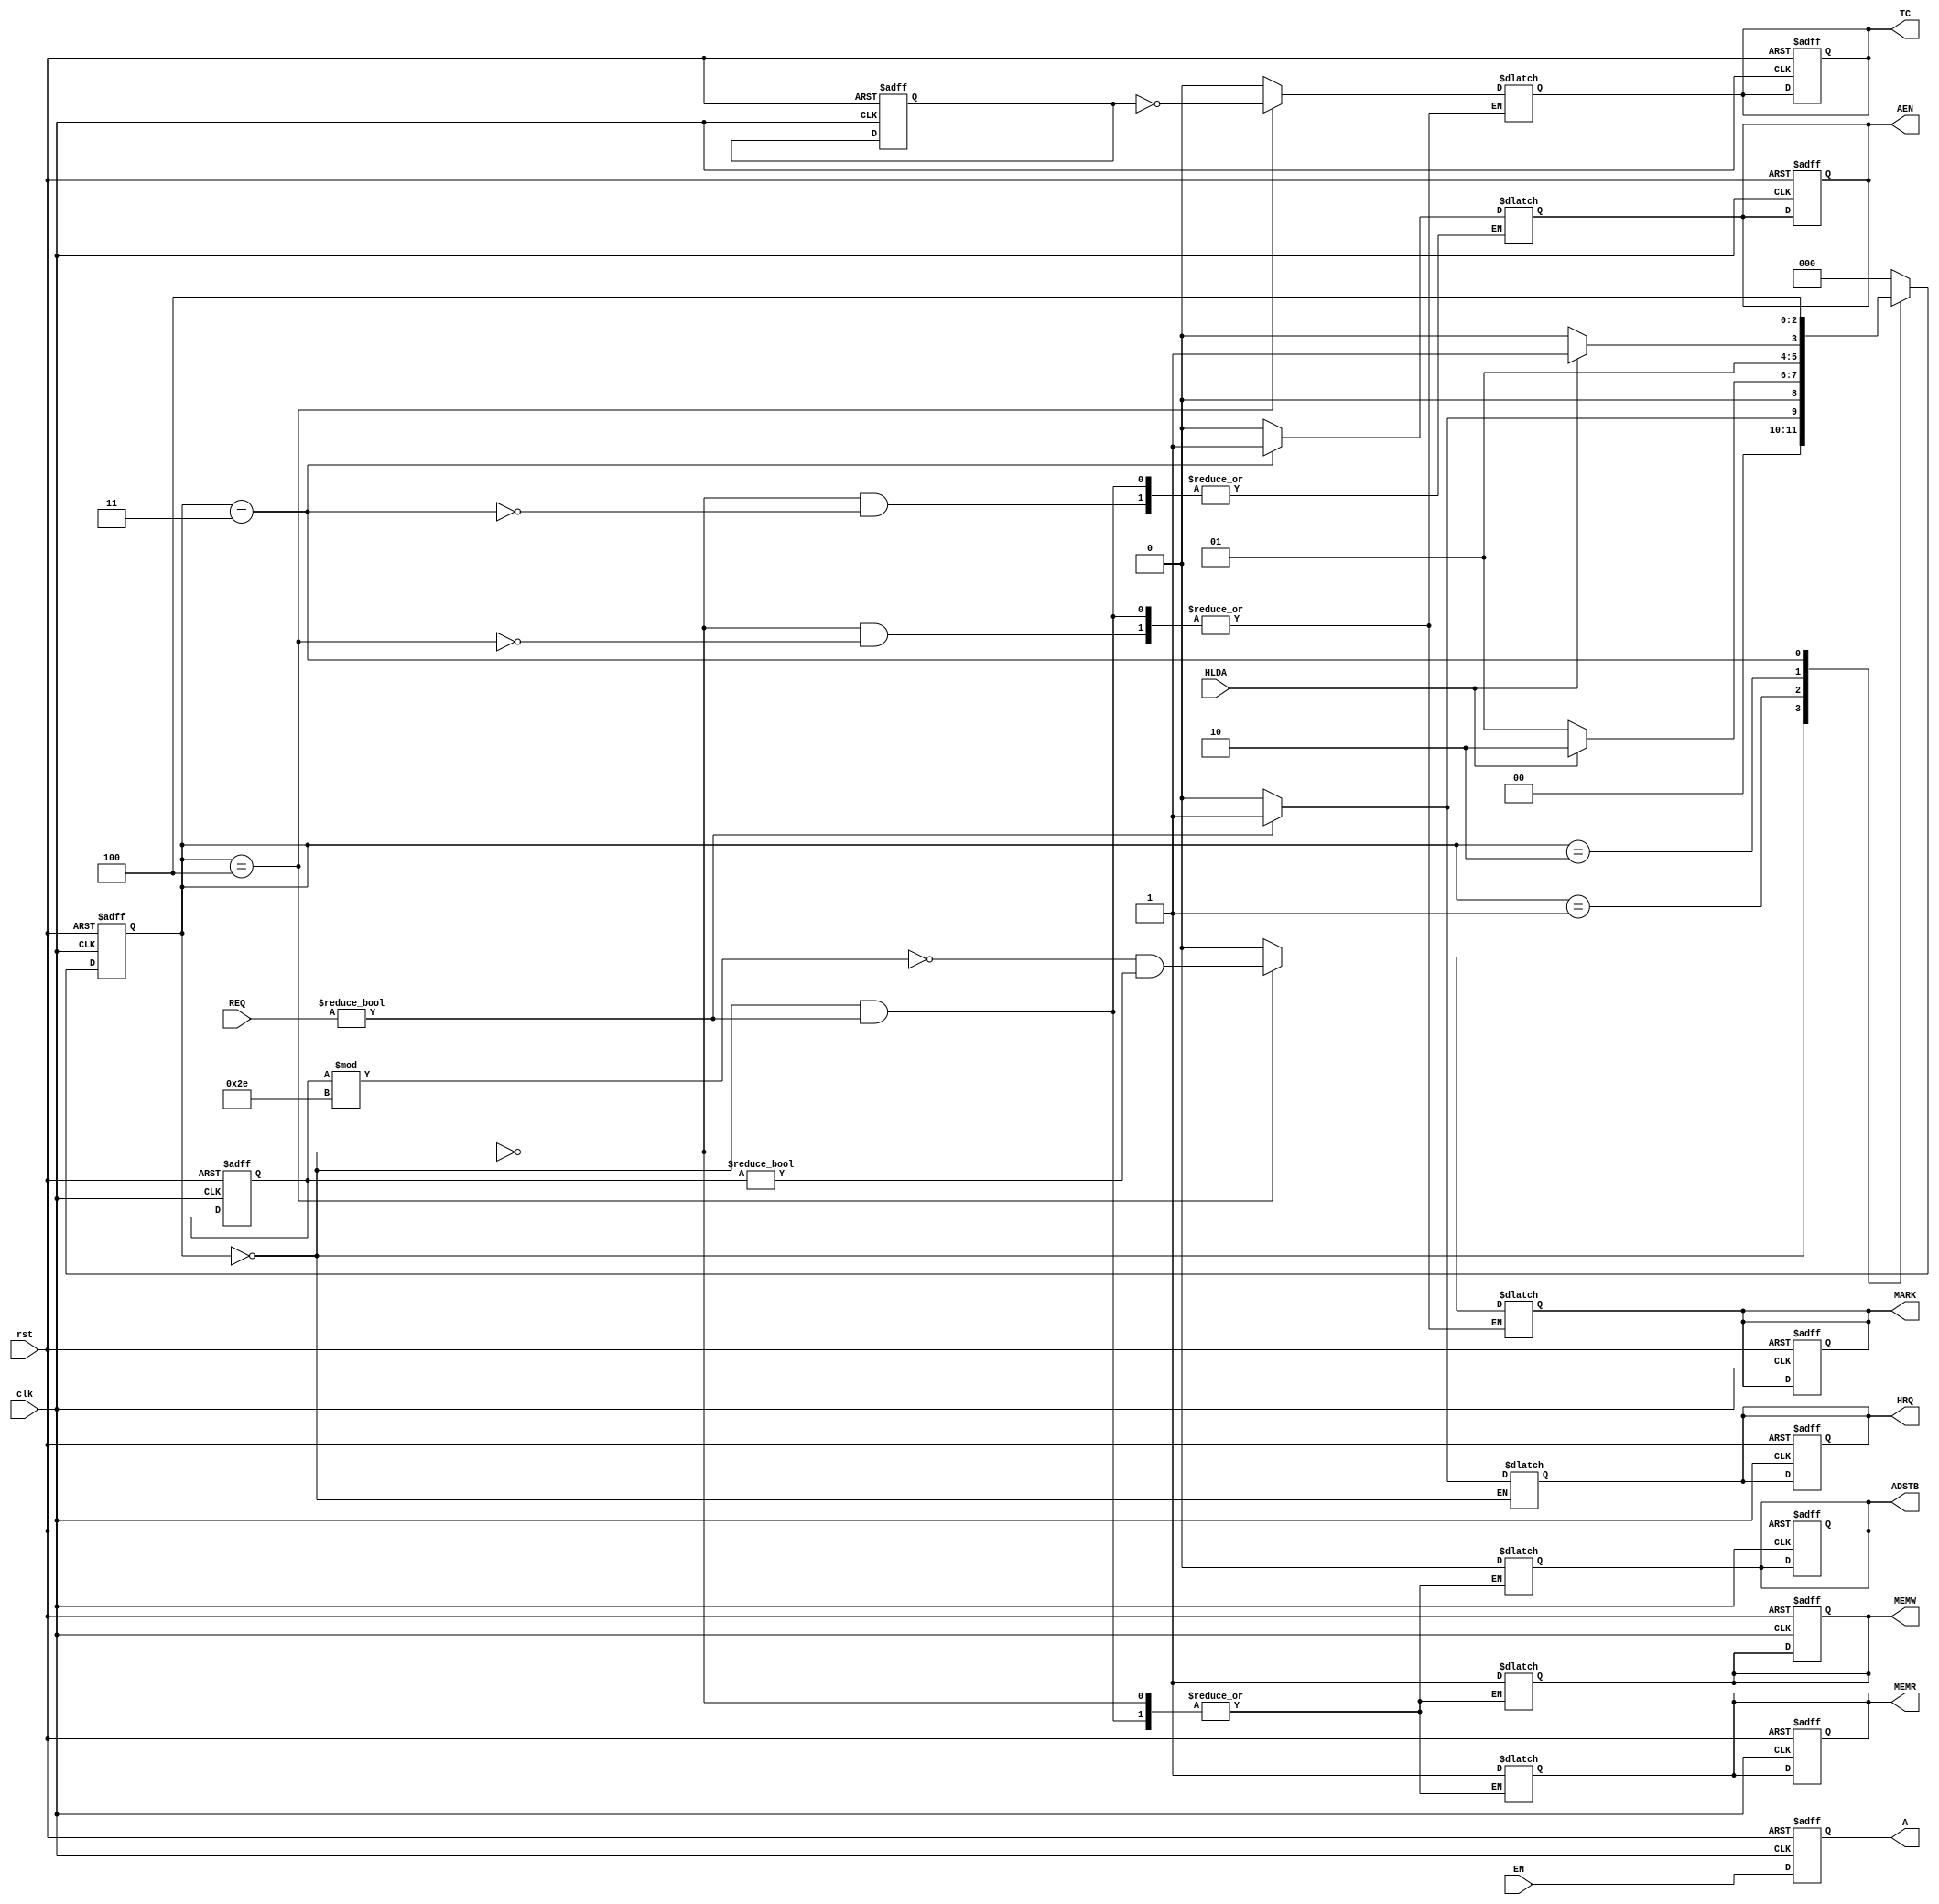
module Control_Logic_Mode_Register(
    input wire clk, 
    input wire rst, 
    input wire HLDA, 
    input wire [3:0] REQ, 
    input wire [3:0] EN,
    output reg HRQ, 
    output reg MEMR, 
    output reg MEMW, 
    output reg AEN, 
    output reg ADSTB, 
    output reg TC, 
    output reg MARK,
    output reg [3:0] A
);

    // State parameters
    parameter S0 = 0, S1 = 1, S2 = 2, S3 = 3, S4 = 4, S5 = 5, S6 = 6, S7 = 7;

    reg [2:0] PS, NS; // Present State and Next State
    reg [15:0] count_up; // Incrementing counter for MARK and TC logic
    reg [15:0] count_down; // Decrementing counter for TC logic

    // Control Logic and Mode Register logic
    always @(posedge clk or posedge rst) begin
        if (rst) begin
            HRQ <= 0;
            MEMW <= 1;
            MEMR <= 1;
            AEN <= 0;
            ADSTB <= 0;
            TC <= 0;
            MARK <= 0;
            PS <= S0;
            count_up <= 0;
            count_down <= 0;
        end else begin
            PS <= NS;
        end
    end

    always @(PS, HLDA, REQ) begin
        case (PS)
            S0: begin
                if (REQ != 4'b0000) begin
                    NS <= S1;
                    HRQ <= 1;
                end else begin
                    NS <= S0;
                    HRQ <= 0;
                    MEMW <= 1;
                    MEMR <= 1;
                    AEN <= 0;
                    ADSTB <= 0;
                    TC <= 0;
                    MARK <= 0;
                end
            end

            S1: begin
                if (HLDA) begin
                    NS <= S2;
                end else begin
                    NS <= S1;
                end
            end

            S2: begin
                if (HLDA) begin
                    NS <= S3;
                end else begin
                    NS <= S2;
                end
            end

            S3: begin
                AEN <= 1;
                NS <= S4;
            end

            S4: begin
                MARK <= (count_up % 46 == 0 && count_up != 0);
                TC <= (count_down == 0);
                NS <= S0;
            end

            default: NS <= S0;
        endcase
    end

    // Mode Register logic
    always @(posedge clk or posedge rst) begin
        if (rst) begin
            A <= 4'b0000;
        end else begin
            A <= EN; // Example: use EN signals to set A4-A7
        end
    end

endmodule